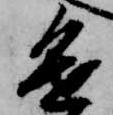
進